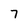
Character: 7